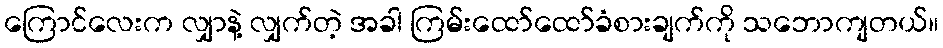
ကြောင်လေးက လျှာနဲ့ လျှက်တဲ့ အခါ ကြမ်းထော်ထော်ခံစားချက်ကို သဘောကျတယ်။